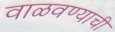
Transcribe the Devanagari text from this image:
वाळवण्याची